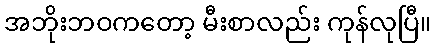
အဘိုးဘဝကတော့ မီးစာလည်း ကုန်လုပြီ။